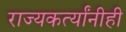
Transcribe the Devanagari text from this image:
राज्यकर्त्यांनीही